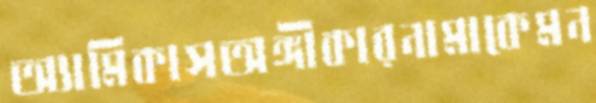
অ্যামিকাসঅঙ্গীকারনামাকেমন